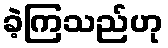
ခဲ့ကြသည်ဟု